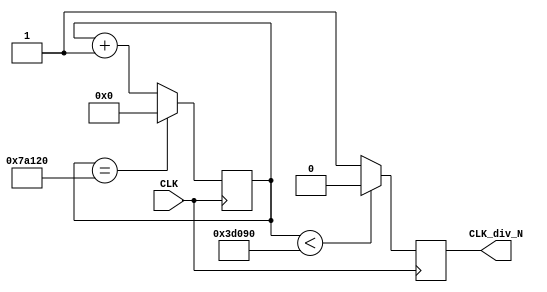
module div_N1(input CLK,output reg CLK_div_N);
	parameter N=250000;
	reg [31:0] count=0;
	always @ (posedge CLK)
	begin
	if(count==2*N) 
	count<=0;       
	else count<=count+1;    
	CLK_div_N=(count<N)?0:1;
	end
endmodule